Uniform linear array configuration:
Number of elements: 32
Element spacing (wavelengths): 0.5
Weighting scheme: blackman
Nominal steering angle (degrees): -45
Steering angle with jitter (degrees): -46.513
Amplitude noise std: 0.05
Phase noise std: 0.05

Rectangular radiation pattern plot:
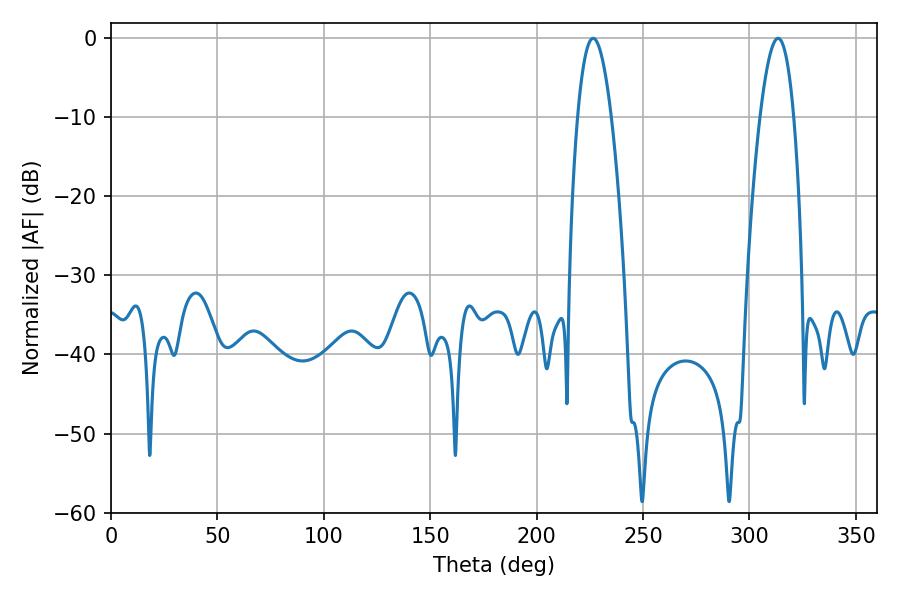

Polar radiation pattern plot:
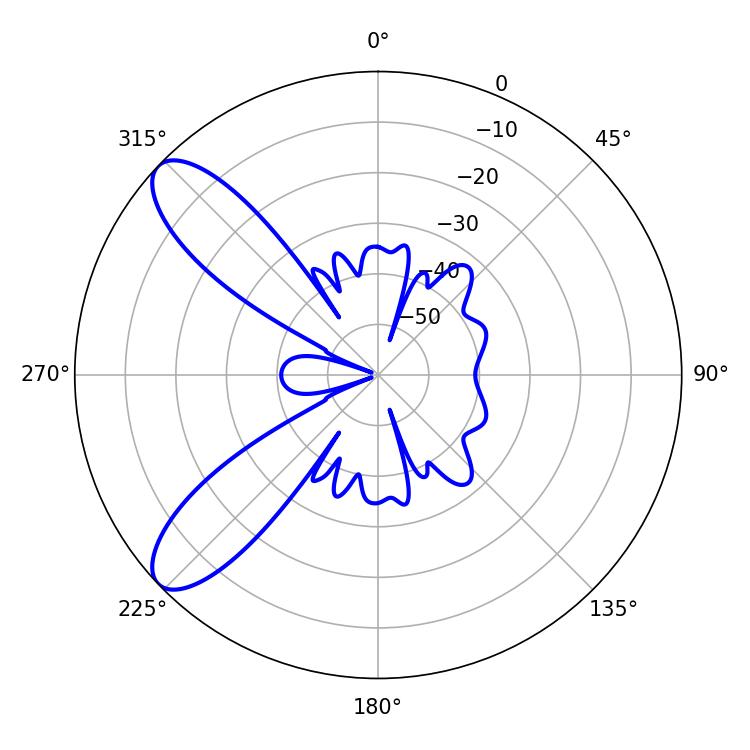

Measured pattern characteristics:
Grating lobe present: FALSE
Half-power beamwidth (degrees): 8.82
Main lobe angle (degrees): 226.62